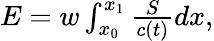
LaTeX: \begin{array}{r}{E=w\int_{x_{0}}^{x_{1}}\frac{S}{c(t)}dx,}\end{array}